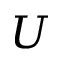
U